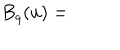
LaTeX: B _ { q } ( u ) =